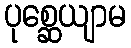
ပုစ္ဆေယျာမ